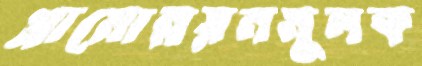
গ্রামোন্নয়নমূলক